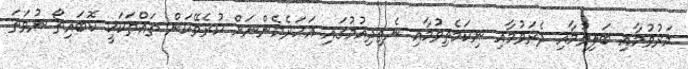
މަރުވުމާއި ބަލިވުމާއި ދެރަވުމާއި ނިކަމެތިވުމާއި ނެތިދިއުމުގައި އަހަރެމެންނަށް ކުރެވޭކަން ތައްތަކަކީ ކޮބައިތޯ ނުވަތަ